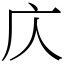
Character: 庂